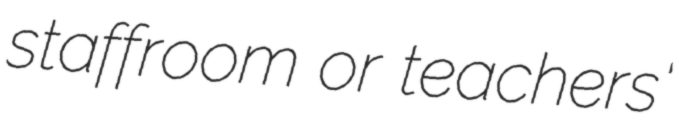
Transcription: staffroom or teachers'